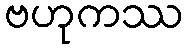
ဗဟုကဿ